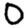
Digit: 0